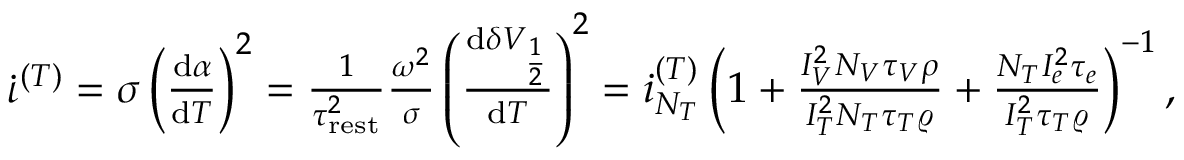
\begin{array} { r } { \dot { \iota } ^ { ( T ) } = \sigma \left( \frac { \mathrm { d } \alpha } { \mathrm { d } T } \right) ^ { 2 } = \frac { 1 } { \tau _ { \mathrm { r e s t } } ^ { 2 } } \frac { \omega ^ { 2 } } { \sigma } \left( \frac { \mathrm { d } \delta V _ { \frac { 1 } { 2 } } } { \mathrm { d } T } \right) ^ { 2 } = \dot { \i } _ { N _ { T } } ^ { ( T ) } \left( 1 + \frac { I _ { V } ^ { 2 } N _ { V } \tau _ { V } \rho } { I _ { T } ^ { 2 } N _ { T } \tau _ { T } \varrho } + \frac { N _ { T } I _ { e } ^ { 2 } \tau _ { e } } { I _ { T } ^ { 2 } \tau _ { T } \varrho } \right) ^ { - 1 } , } \end{array}